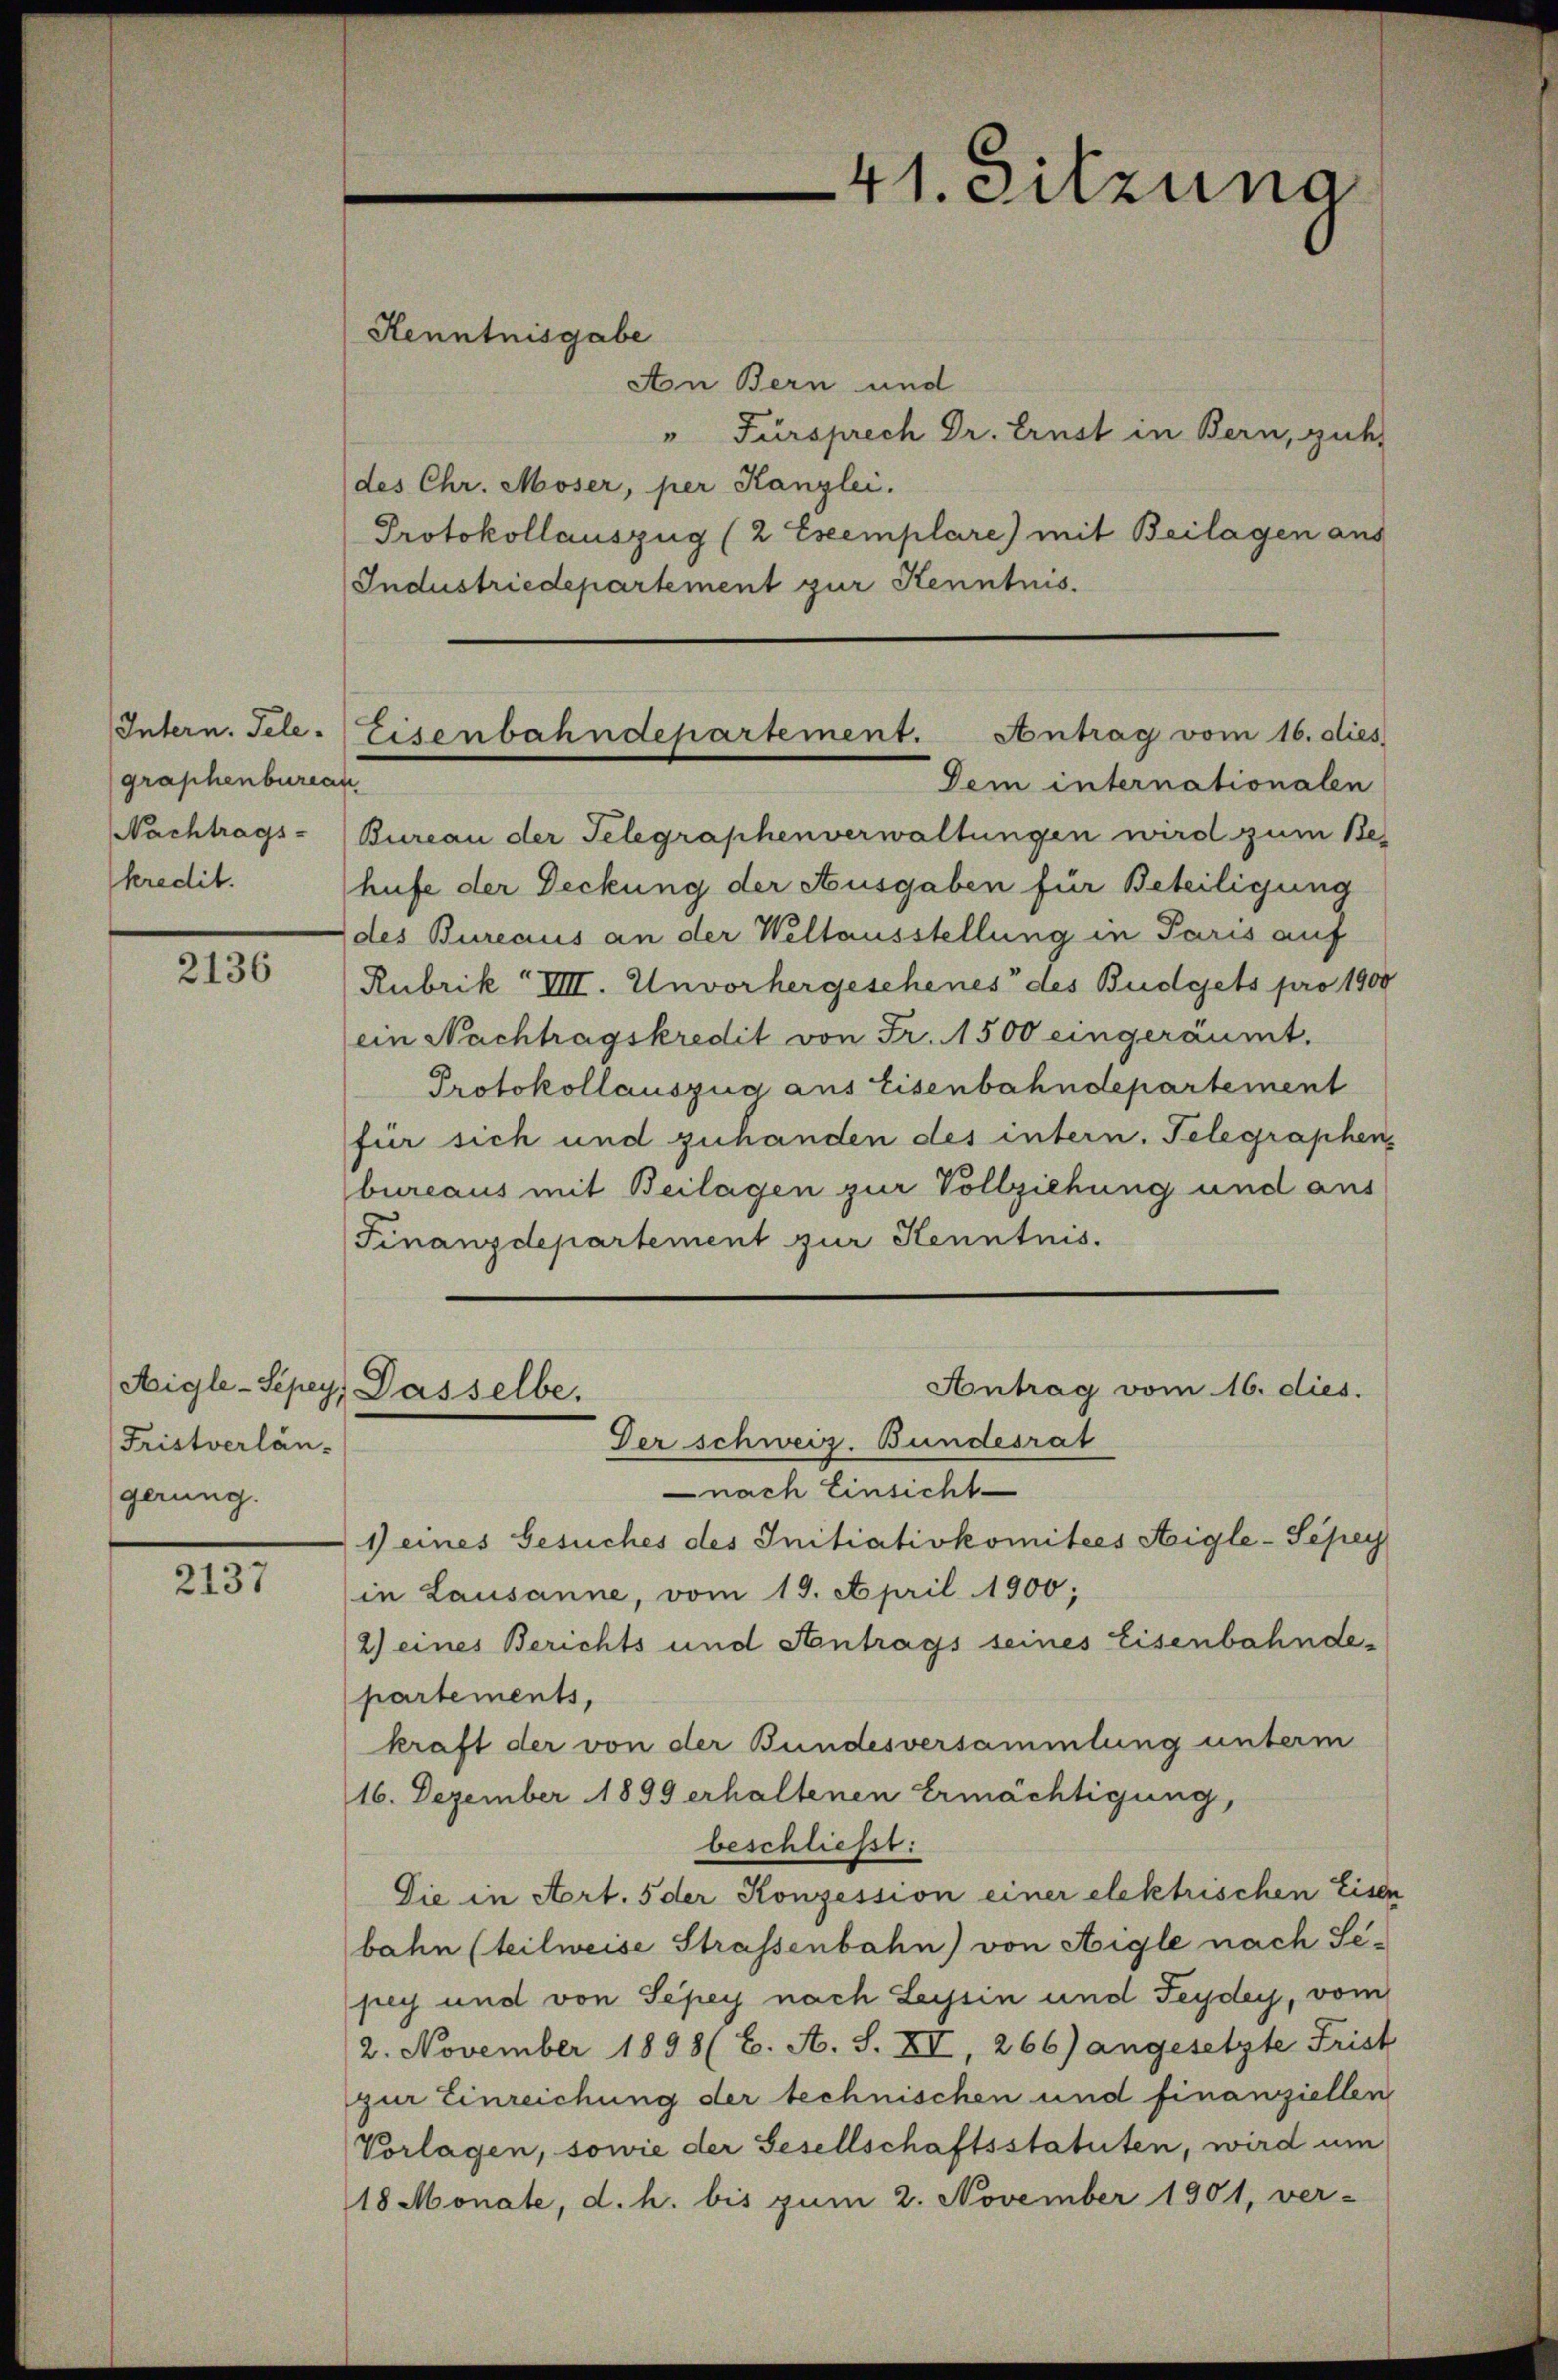
41. Sitzuna

Henntnisgabe

An Bern und
" Fürsprech Dr. Ernst in Bern, gie
des Chr. Moser, per Kanzlei.
Protokollauszug (2 Exemplare) mit Beilagen aus
Industriedepartement zur Kenntnis.

Eisenbahndepartement. Antrag vom 16. dies
Dem internationalen

Intern. Tele-
graphenbureau
Nachtrags-
kredit.

Bureau der Telegraphenverwaltungen wird zum Be-
hufe der Deckung der Ausgaben für Beteiligung
des Bureaus an der Weltausstellung in Paris auf
Rubrik VIII. Unvorhergesehenes des Budgets pro 1900
ein Nachtragskredit von Fr. 1500 eingeräumt.
Protokollauszug aus Eisenbahndepartement
für sich und zuhanden des intern. Telegraphen
bureaus mit Beilagen zur Vollziehung und aus
Finanzdepartement zur Kenntnis.

2136

Antrag vom 16. dies.

Aigle-Sepey. Dasselbe.

Der schweiz. Bundesrat
nach Einsicht
1) eines Gesuches des Initiativkomitees Aigle-Sepey
in Lausanne, vom 19. April 1900;
2) eines Berichts und Antrags seines Eisenbahnde-
partements,
kraft der von der Bundesversammlung unterm
16. Dezember 1899 erhaltenen Ermächtigung,
beschließt:
Die in Art. 5 der Konzession einer elektrischen Eisen
bahn (teilweise Strassenbahn) von Aigle nach Sepey und von Sepey nach Leysin und Feydey, vom
2. November 1898 (C. A. S. XI, 266) angesetzte Frist
zur Einreichung der technischen und finanziellen
Vorlagen, sowie der Gesellschaftsstatuten, wird um
18 Monate, d. h. bis zum 2. November 1901, ver-

Fristverlängerung.

2137